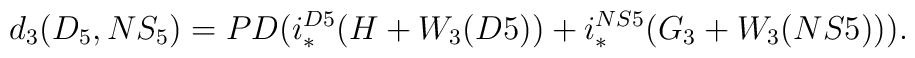
d_3(D_5,NS_5)=PD(i^{D5}_*(H+W_3(D5))+i^{NS5}_*(G_3+W_3(NS5))).